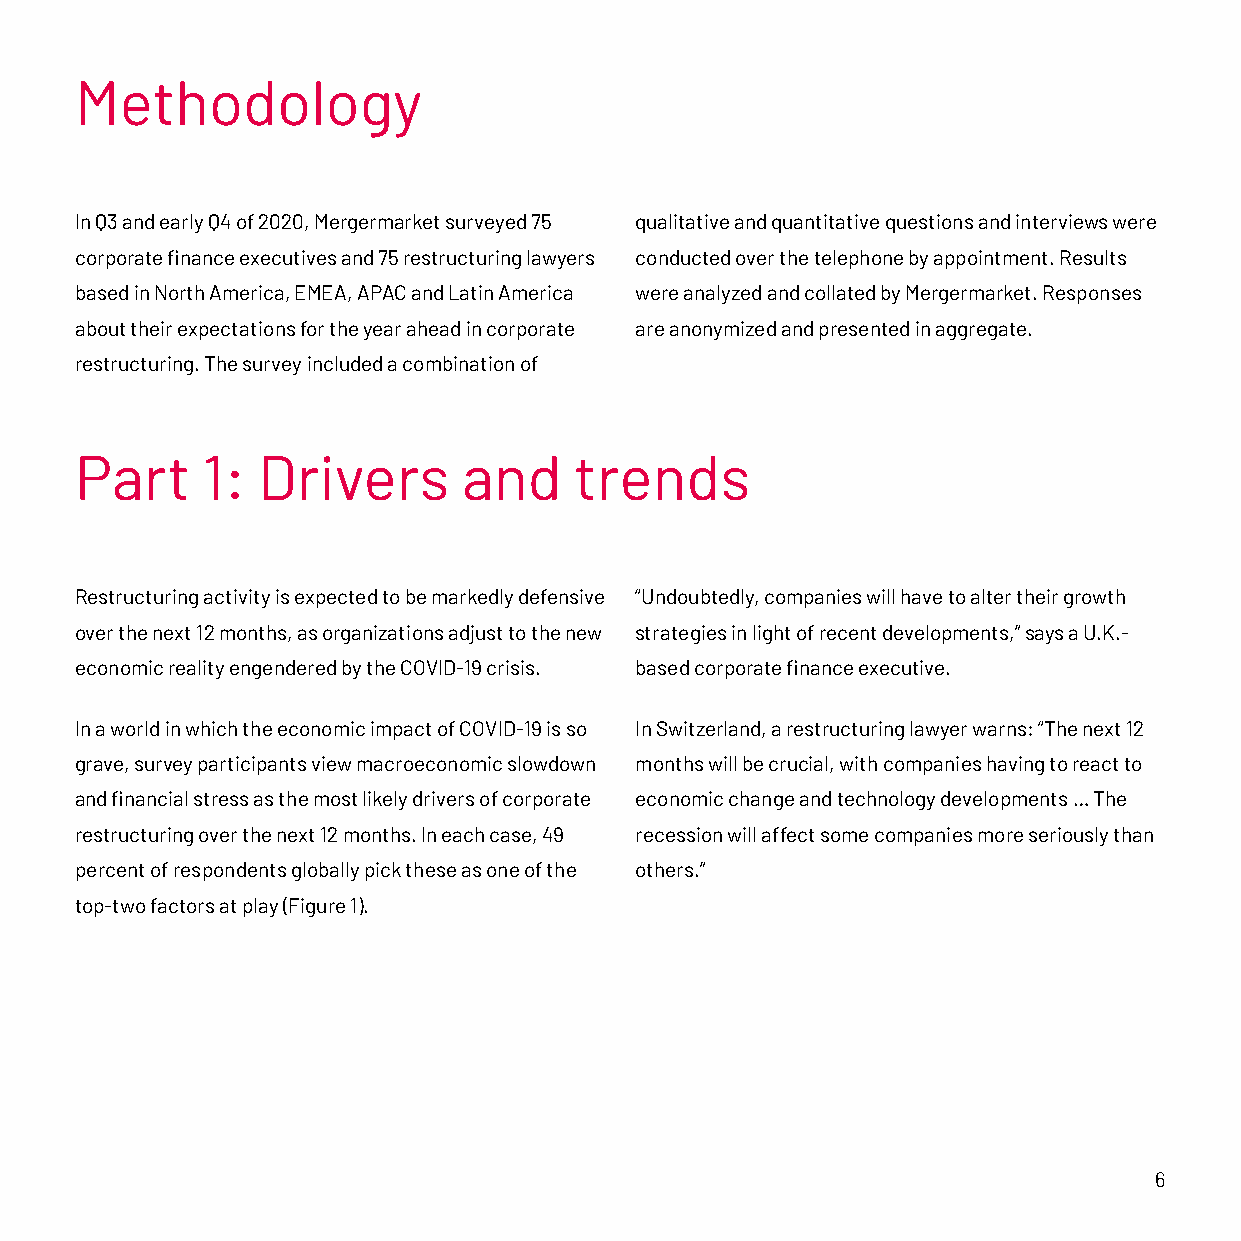
Methodology
 In Q3 and early Q4 of 2020, Mergermarket surveyed 75 qualitative and quantitative questions and interviews were
 corporate finance executives and 75 restructuring lawyers conducted over the telephone by appointment. Results
 based in North America, EMEA, APAC and Latin America were analyzed and collated by Mergermarket. Responses
 about their expectations for the year ahead in corporate are anonymized and presented in aggregate.
 restructuring. The survey included a combination of
 Part    1:  Drivers       and    trends
 Restructuring activity is expected to be markedly defensive “Undoubtedly, companies will have to alter their growth
 over the next 12 months, as organizations adjust to the new strategies in light of recent developments,” says a U.K.-
 economic reality engendered by the COVID-19 crisis. based corporate finance executive.
 In a world in which the economic impact of COVID-19 is so In Switzerland, a restructuring lawyer warns: “The next 12
 grave, survey participants view macroeconomic slowdown months will be crucial, with companies having to react to
 and financial stress as the most likely drivers of corporate economic change and technology developments … The
 restructuring over the next 12 months. In each case, 49 recession will affect some companies more seriously than
 percent of respondents globally pick these as one of the others.”
 top-two factors at play (Figure 1).
 6